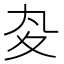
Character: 𡕞